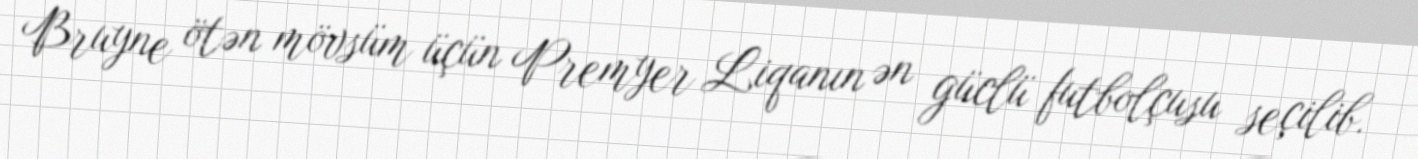
Bruyne ötən mövsüm üçün Premyer Liqanın ən güclü futbolçusu seçilib.